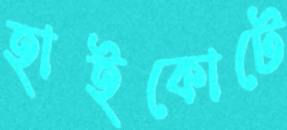
হাইকোটে